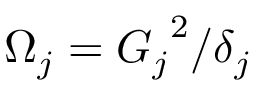
\Omega _ { j } = { G _ { j } } ^ { 2 } / \delta _ { j }